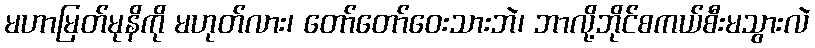
မဟာမြတ်မုနိကို မဟုတ်လား၊ တော်တော်ဝေးသားဘဲ၊ ဘာလို့ဘိုင်စကယ်စီးမသွားလဲ